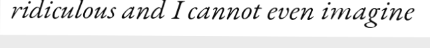
ridiculous and I cannot even imagine